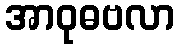
အာဝုဓဗလာ